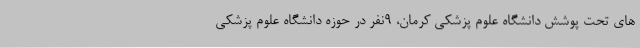
های تحت پوشش دانشگاه علوم پزشکی کرمان، 9نفر در حوزه دانشگاه علوم پزشکی